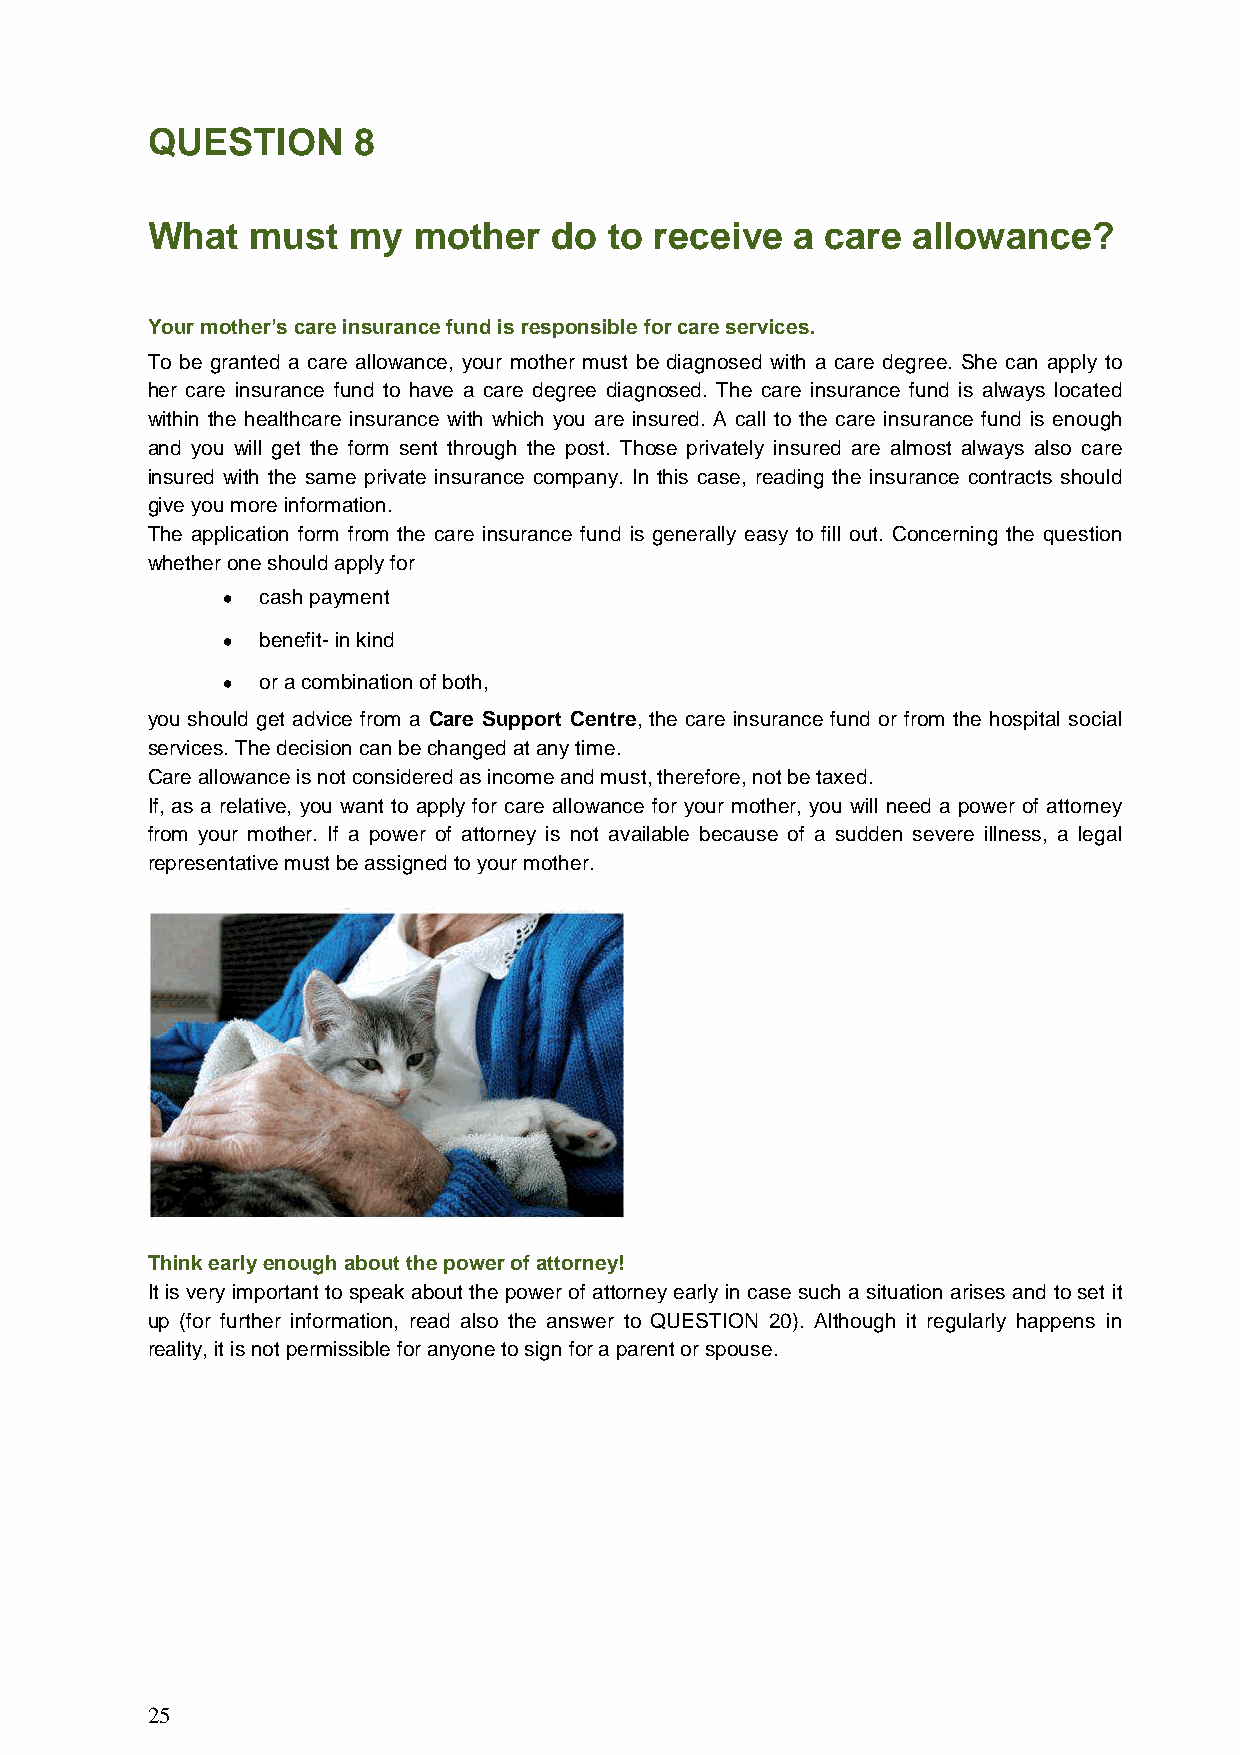
QUESTION     8
 What   must  my  mother    do to receive   a care allowance?
 Your mother’s care insurance fund is responsible for care services.
 To be granted a care allowance, your mother must be diagnosed with a care degree. She can apply to
 her care insurance fund to have a care degree diagnosed. The care insurance fund is always located
 within the healthcare insurance with which you are insured. A call to the care insurance fund is enough
 and you will get the form sent through the post. Those privately insured are almost always also care
 insured with the same private insurance company. In this case, reading the insurance contracts should
 give you more information.
 The application form from the care insurance fund is generally easy to fill out. Concerning the question
 whether one should apply for
 • cash payment
 • benefit- in kind
 • or a combination of both,
 you should get advice from a Care Support Centre, the care insurance fund or from the hospital social
 services. The decision can be changed at any time.
 Care allowance is not considered as income and must, therefore, not be taxed.
 If, as a relative, you want to apply for care allowance for your mother, you will need a power of attorney
 from your mother. If a power of attorney is not available because of a sudden severe illness, a legal
 representative must be assigned to your mother.
 Think early enough about the power of attorney!
 It is very important to speak about the power of attorney early in case such a situation arises and to set it
 up (for further information, read also the answer to QUESTION 20). Although it regularly happens in
 reality, it is not permissible for anyone to sign for a parent or spouse.
 25